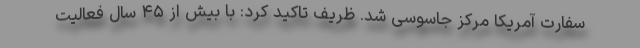
سفارت آمریکا مرکز جاسوسی شد. ظریف تاکید کرد: با بیش از ۴۵ سال فعالیت